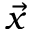
\vec { x }